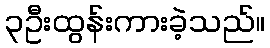
၃ဦးထွန်းကားခဲ့သည်။